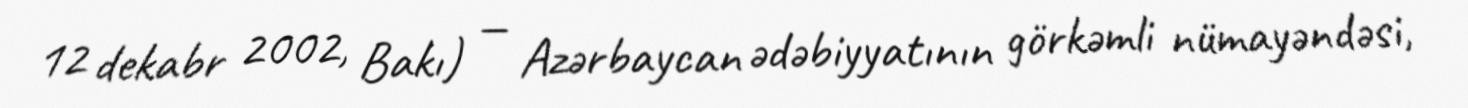
12 dekabr 2002, Bakı) — Azərbaycan ədəbiyyatının görkəmli nümayəndəsi,